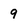
Character: 9